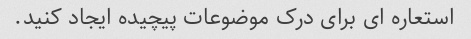
استعاره ای برای درک موضوعات پیچیده ایجاد کنید.